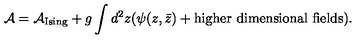
{ \cal A } = { \cal A } _ { \mathrm { I s i n g } } + g \int d ^ { 2 } z ( \psi ( z , \bar { z } ) + \mathrm { h i g h e r \ d i m e n s i o n a l \ f i e l d s } ) .